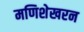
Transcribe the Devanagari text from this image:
मणिशेखरन